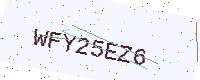
Text: WFY25EZ6